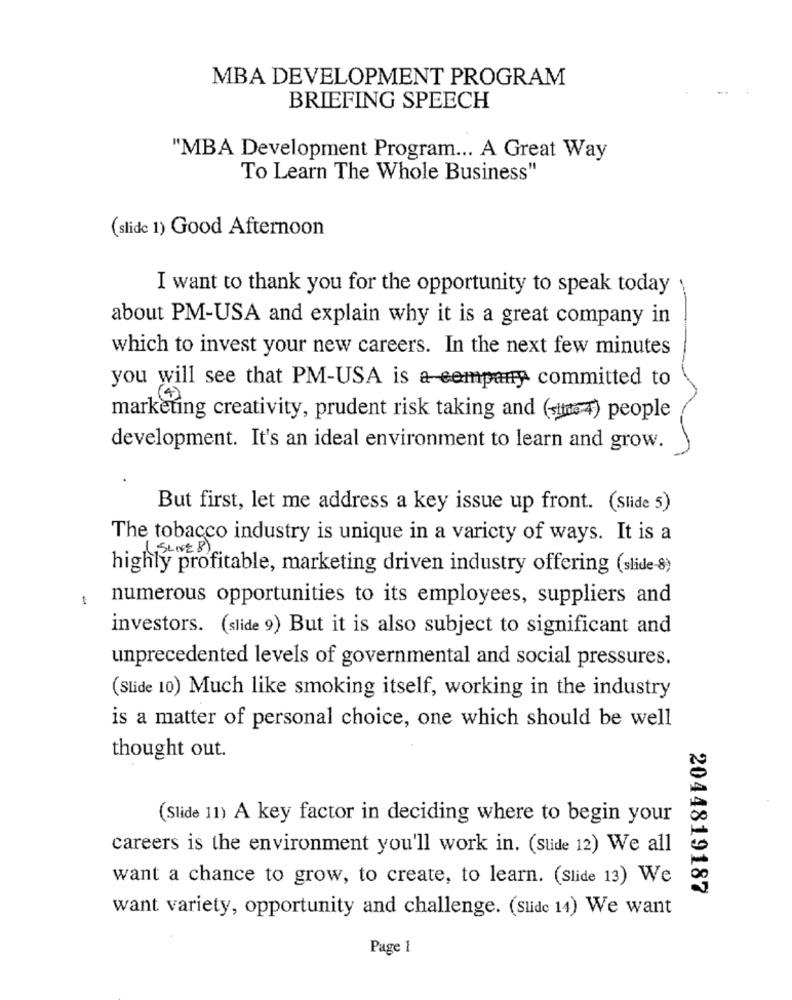
MBA DEVELOPMENT PROGRAM
BRIEFING SPEECH
"MBA Development Program ... A Great Way
To Learn The Whole Business"
(slide 1) Good Afternoon
I want to thank you for the opportunity to speak today
about PM-USA and explain why it is a great company in
which to invest your new careers. In the next few minutes
you will see that PM-USA is a company committed to
marketing creativity, prudent risk taking and (inter) people
development. It's an ideal environment to learn and grow.
But first, let me address a key issue up front. (Slide 5)
The tobacco industry is unique in a variety of ways. It is a
highly profitable, marketing driven industry offering (slide-8)
1
numerous opportunities to its employees, suppliers and
investors. (slide 9) But it is also subject to significant and
unprecedented levels of governmental and social pressures.
(Slide 10) Much like smoking itself, working in the industry
is a matter of personal choice, one which should be well
thought out.
(Slide 11) A key factor in deciding where to begin your
careers is the environment you'll work in. (Slide 12) We all
want a chance to grow, to create, to learn. (Slide 13) We
2044819187
want variety, opportunity and challenge. (Slide 14) We want
Page 1